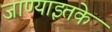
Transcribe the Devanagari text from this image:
जाण्याइतके